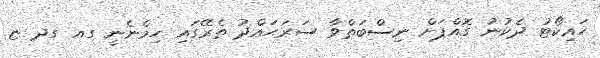
ހައިކޯޓު ދެކުނު ގޮއްޕަށް ނިސްބަތްވާ ސަރަޙައްދު ތެރޭގައި ހިމެނެނީ ގއ ގދ ޏ